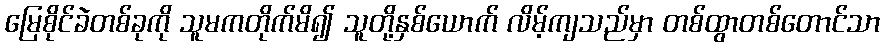
မြေစိုင်ခဲတစ်ခုကို သူမကတိုက်မိ၍ သူတို့နှစ်ယောက် လိမ့်ကျသည်မှာ တစ်ထွာတစ်တောင်သာ